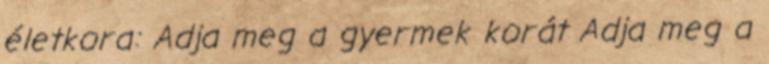
életkora: Adja meg a gyermek korát Adja meg a